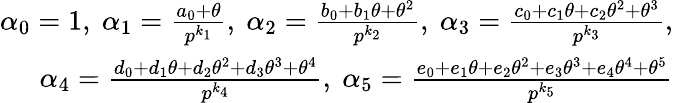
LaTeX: \begin{array}{r}{\alpha_{0}=1,~\alpha_{1}=\frac{a_{0}+\theta}{p^{k_{1}}},~\alpha_{2}=\frac{b_{0}+b_{1}\theta+\theta^{2}}{p^{k_{2}}},~\alpha_{3}=\frac{c_{0}+c_{1}\theta+c_{2}\theta^{2}+\theta^{3}}{p^{k_{3}}},}\\ {\alpha_{4}=\frac{d_{0}+d_{1}\theta+d_{2}\theta^{2}+d_{3}\theta^{3}+\theta^{4}}{p^{k_{4}}},~\alpha_{5}=\frac{e_{0}+e_{1}\theta+e_{2}\theta^{2}+e_{3}\theta^{3}+e_{4}\theta^{4}+\theta^{5}}{p^{k_{5}}}}\end{array}